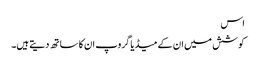
اس
کوشش میں ان کے میڈیا گروپ ان کا ساتھ دیتے ہیں۔